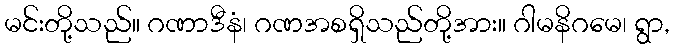
မင်းတို့သည်။ ဂဏာဒီနံ၊ ဂဏအစရှိသည်တို့အား။ ဂါမနိဂမေ၊ ရွာ,